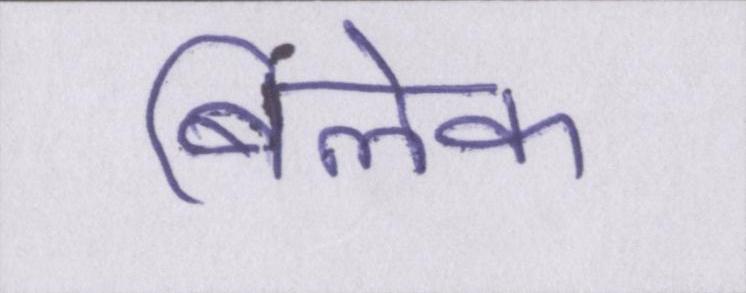
बिलेक